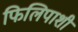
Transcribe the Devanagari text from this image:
फिलिपाशी